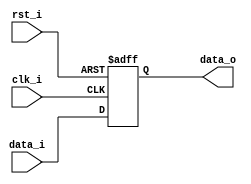
module Pipe_Reg
	#(parameter size = 5)
	(
	 // Input  Declaration
	 input  rst_i,
	 input  clk_i,
	 input  [size-1:0]data_i,
	 // Output Declaration
	 output [size-1:0]data_o
	);
//*****************************************************************************
	// Global variables Declaration
	// System
	reg [size-1:0]data;
	// System conection
	// Output
	assign data_o = data;
//*****************************************************************************
	always @(posedge clk_i or negedge rst_i) begin
		if(!rst_i) data <= 0;
		else data <= data_i;
	end
//*****************************************************************************
endmodule